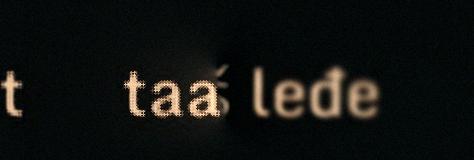
taarbâš leđe